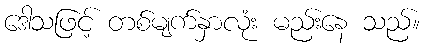
ဒေါသဖြင့် တစ်မျက်နှာလုံး မည်းနေ သည်။